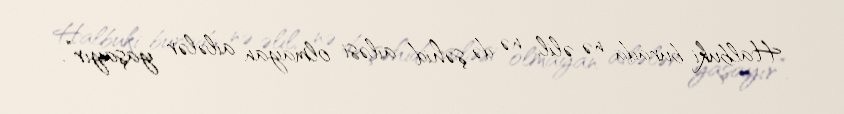
Halbuki burada nə əlil, nə də şəhid ailəsi olmayan ailələr yaşayır”.